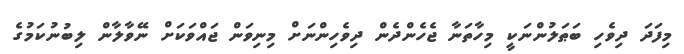
މިފަދަ ދިވެހި ބަޠަލުންނަކީ މިހާތަނާ ޖެހެންދެން ދިވެހިންނަށް މިނިވަން ޖައްވަކަށް ނޭވާލާން ލިބުނުކަމުގެ